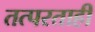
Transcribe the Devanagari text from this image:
तत्परताही